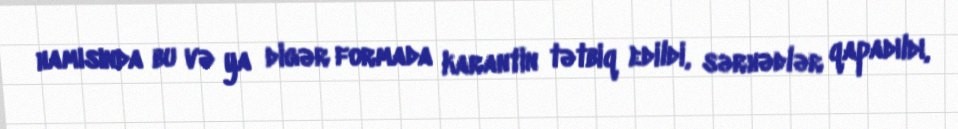
hamısında bu və ya digər formada karantin tətbiq edildi, sərhədlər qapadıldı,